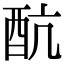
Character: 𨟼